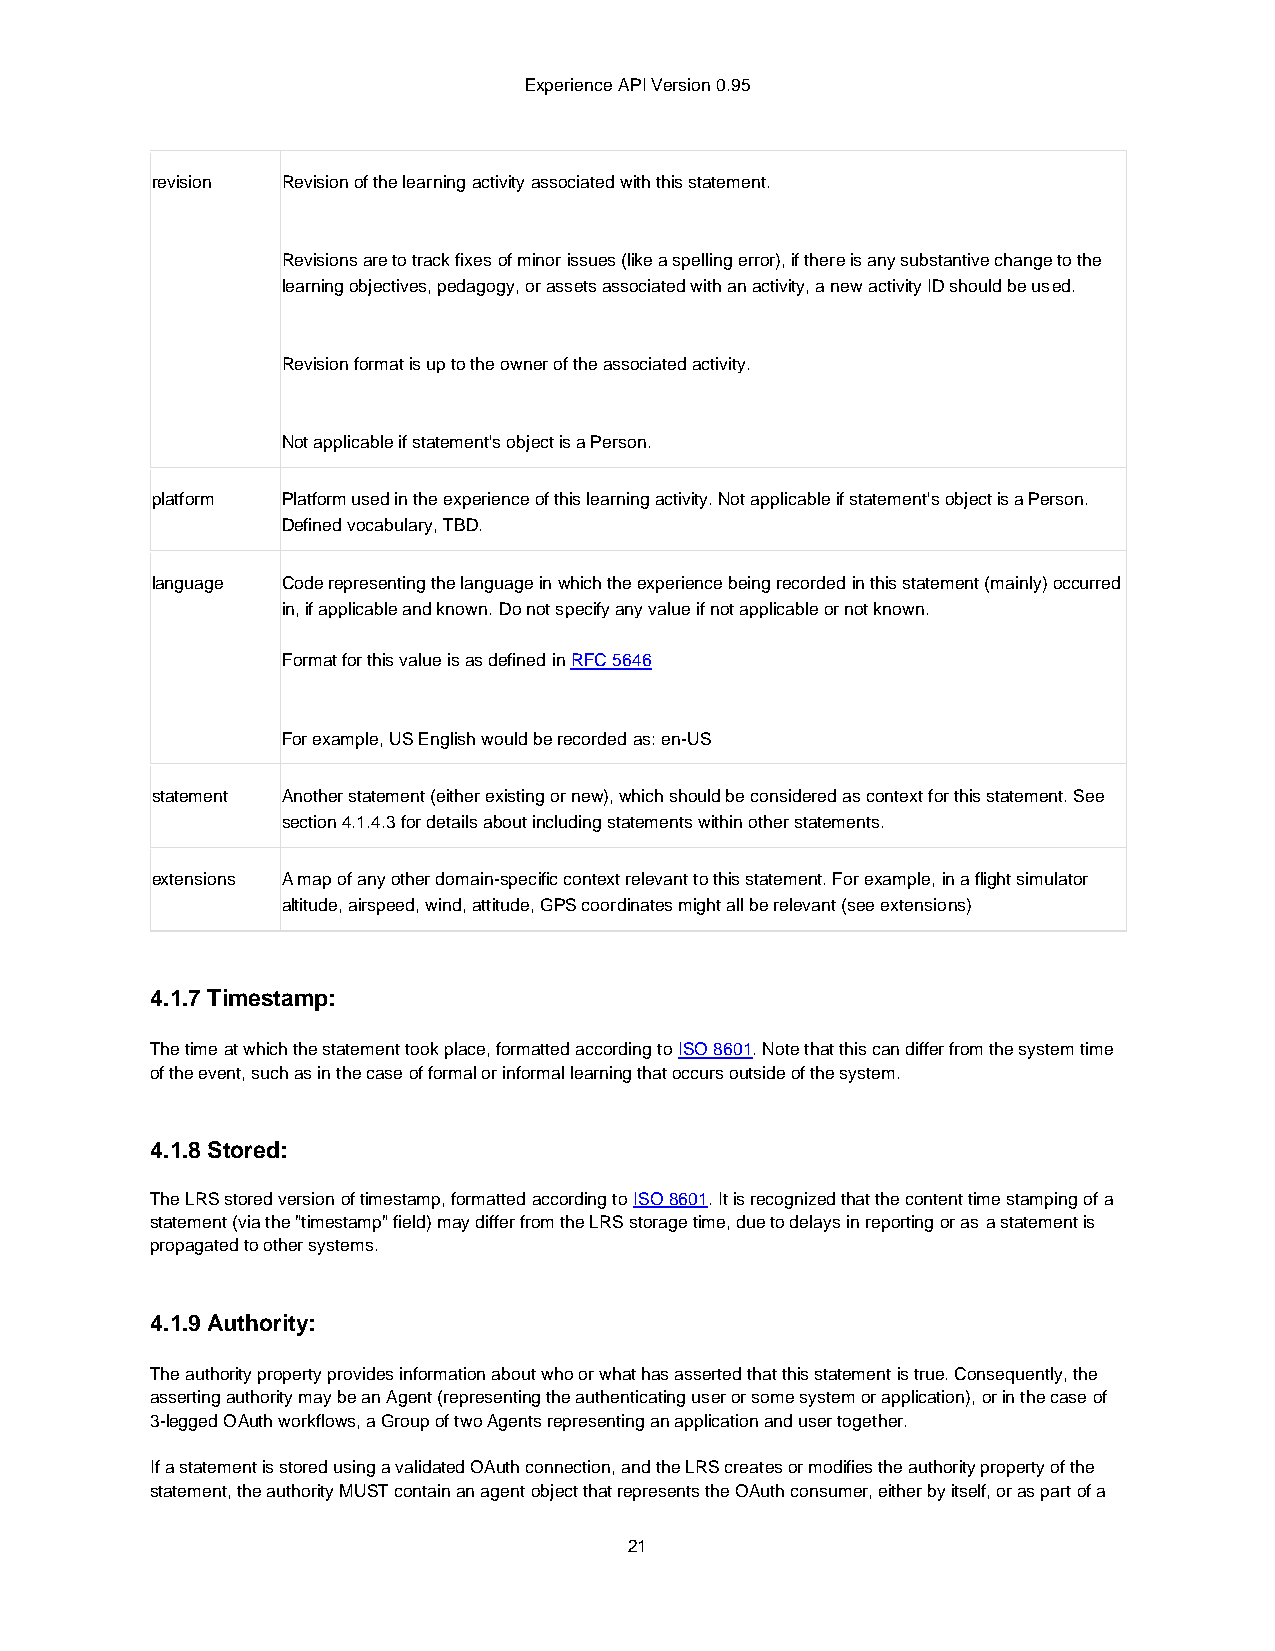
Experience API Version 0.95
 revision Revision of the learning activity associated with this statement.
 Revisions are to track fixes of minor issues (like a spelling error), if there is any substantive change to the
 learning objectives, pedagogy, or assets associated with an activity, a new activity ID should be used.
 Revision format is up to the owner of the associated activity.
 Not applicable if statement's object is a Person.
 platform Platform used in the experience of this learning activity. Not applicable if statement's object is a Person.
 Defined vocabulary, TBD.
 language Code representing the language in which the experience being recorded in this statement (mainly) occurred
 in, if applicable and known. Do not specify any value if not applicable or not known.
 Format for this value is as defined in RFC 5646
 For example, US English would be recorded as: en-US
 statement Another statement (either existing or new), which should be considered as context for this statement. See
 section 4.1.4.3 for details about including statements within other statements.
 extensions A map of any other domain-specific context relevant to this statement. For example, in a flight simulator
 altitude, airspeed, wind, attitude, GPS coordinates might all be relevant (see extensions)
 4.1.7 Timestamp:
 The time at which the statement took place, formatted according to ISO 8601. Note that this can differ from the system time
 of the event, such as in the case of formal or informal learning that occurs outside of the system.
 4.1.8 Stored:
 The LRS stored version of timestamp, formatted according to ISO 8601. It is recognized that the content time stamping of a
 statement (via the "timestamp" field) may differ from the LRS storage time, due to delays in reporting or as a statement is
 propagated to other systems.
 4.1.9 Authority:
 The authority property provides information about who or what has asserted that this statement is true. Consequently, the
 asserting authority may be an Agent (representing the authenticating user or some system or application), or in the case of
 3-legged OAuth workflows, a Group of two Agents representing an application and user together.
 If a statement is stored using a validated OAuth connection, and the LRS creates or modifies the authority property of the
 statement, the authority MUST contain an agent object that represents the OAuth consumer, either by itself, or as part of a
 21